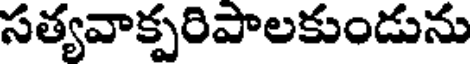
సత్యవాక్పరిపాలకుండును